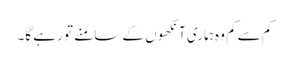
کم سے کم وہ ہماری آنکھوں کے سامنے تو رہے گا۔